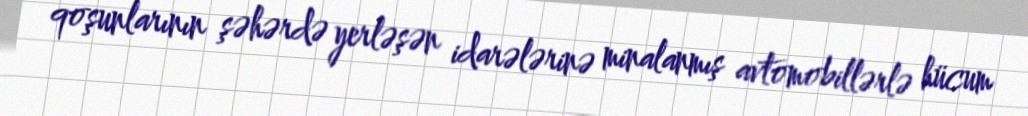
qoşunlarının şəhərdə yerləşən idarələrinə minalanmış avtomobillərlə hücum